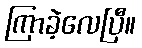
ကြာခဲ့လေပြီ။